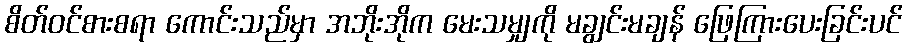
စိတ်ဝင်စားစရာ ကောင်းသည်မှာ အဘိုးအိုက မေးသမျှကို မချွင်းမချန် ဖြေကြားပေးခြင်းပင်